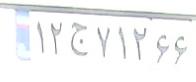
۱۲ج۷۱۲۶۶